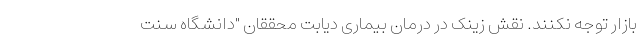
بازار توجه نکنند. نقش زینک در درمان بیماری دیابت محققان "دانشگاه سنت